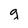
Character: g